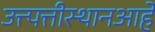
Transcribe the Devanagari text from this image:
उत्त्पत्तीस्थानआहे